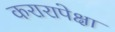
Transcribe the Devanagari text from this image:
करारापेक्षा